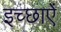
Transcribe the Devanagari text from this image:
इच्छाऐं